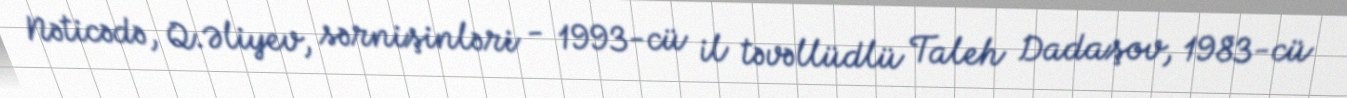
Nəticədə, Q.Əliyev, sərnişinləri - 1993-cü il təvəllüdlü Taleh Dadaşov, 1983-cü